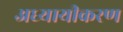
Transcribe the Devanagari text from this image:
अध्यायीकरण